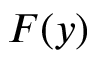
F ( y )